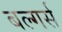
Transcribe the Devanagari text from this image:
बल्गर्स